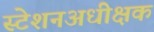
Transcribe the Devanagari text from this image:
स्टेशनअधीक्षक